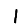
Digit: 1